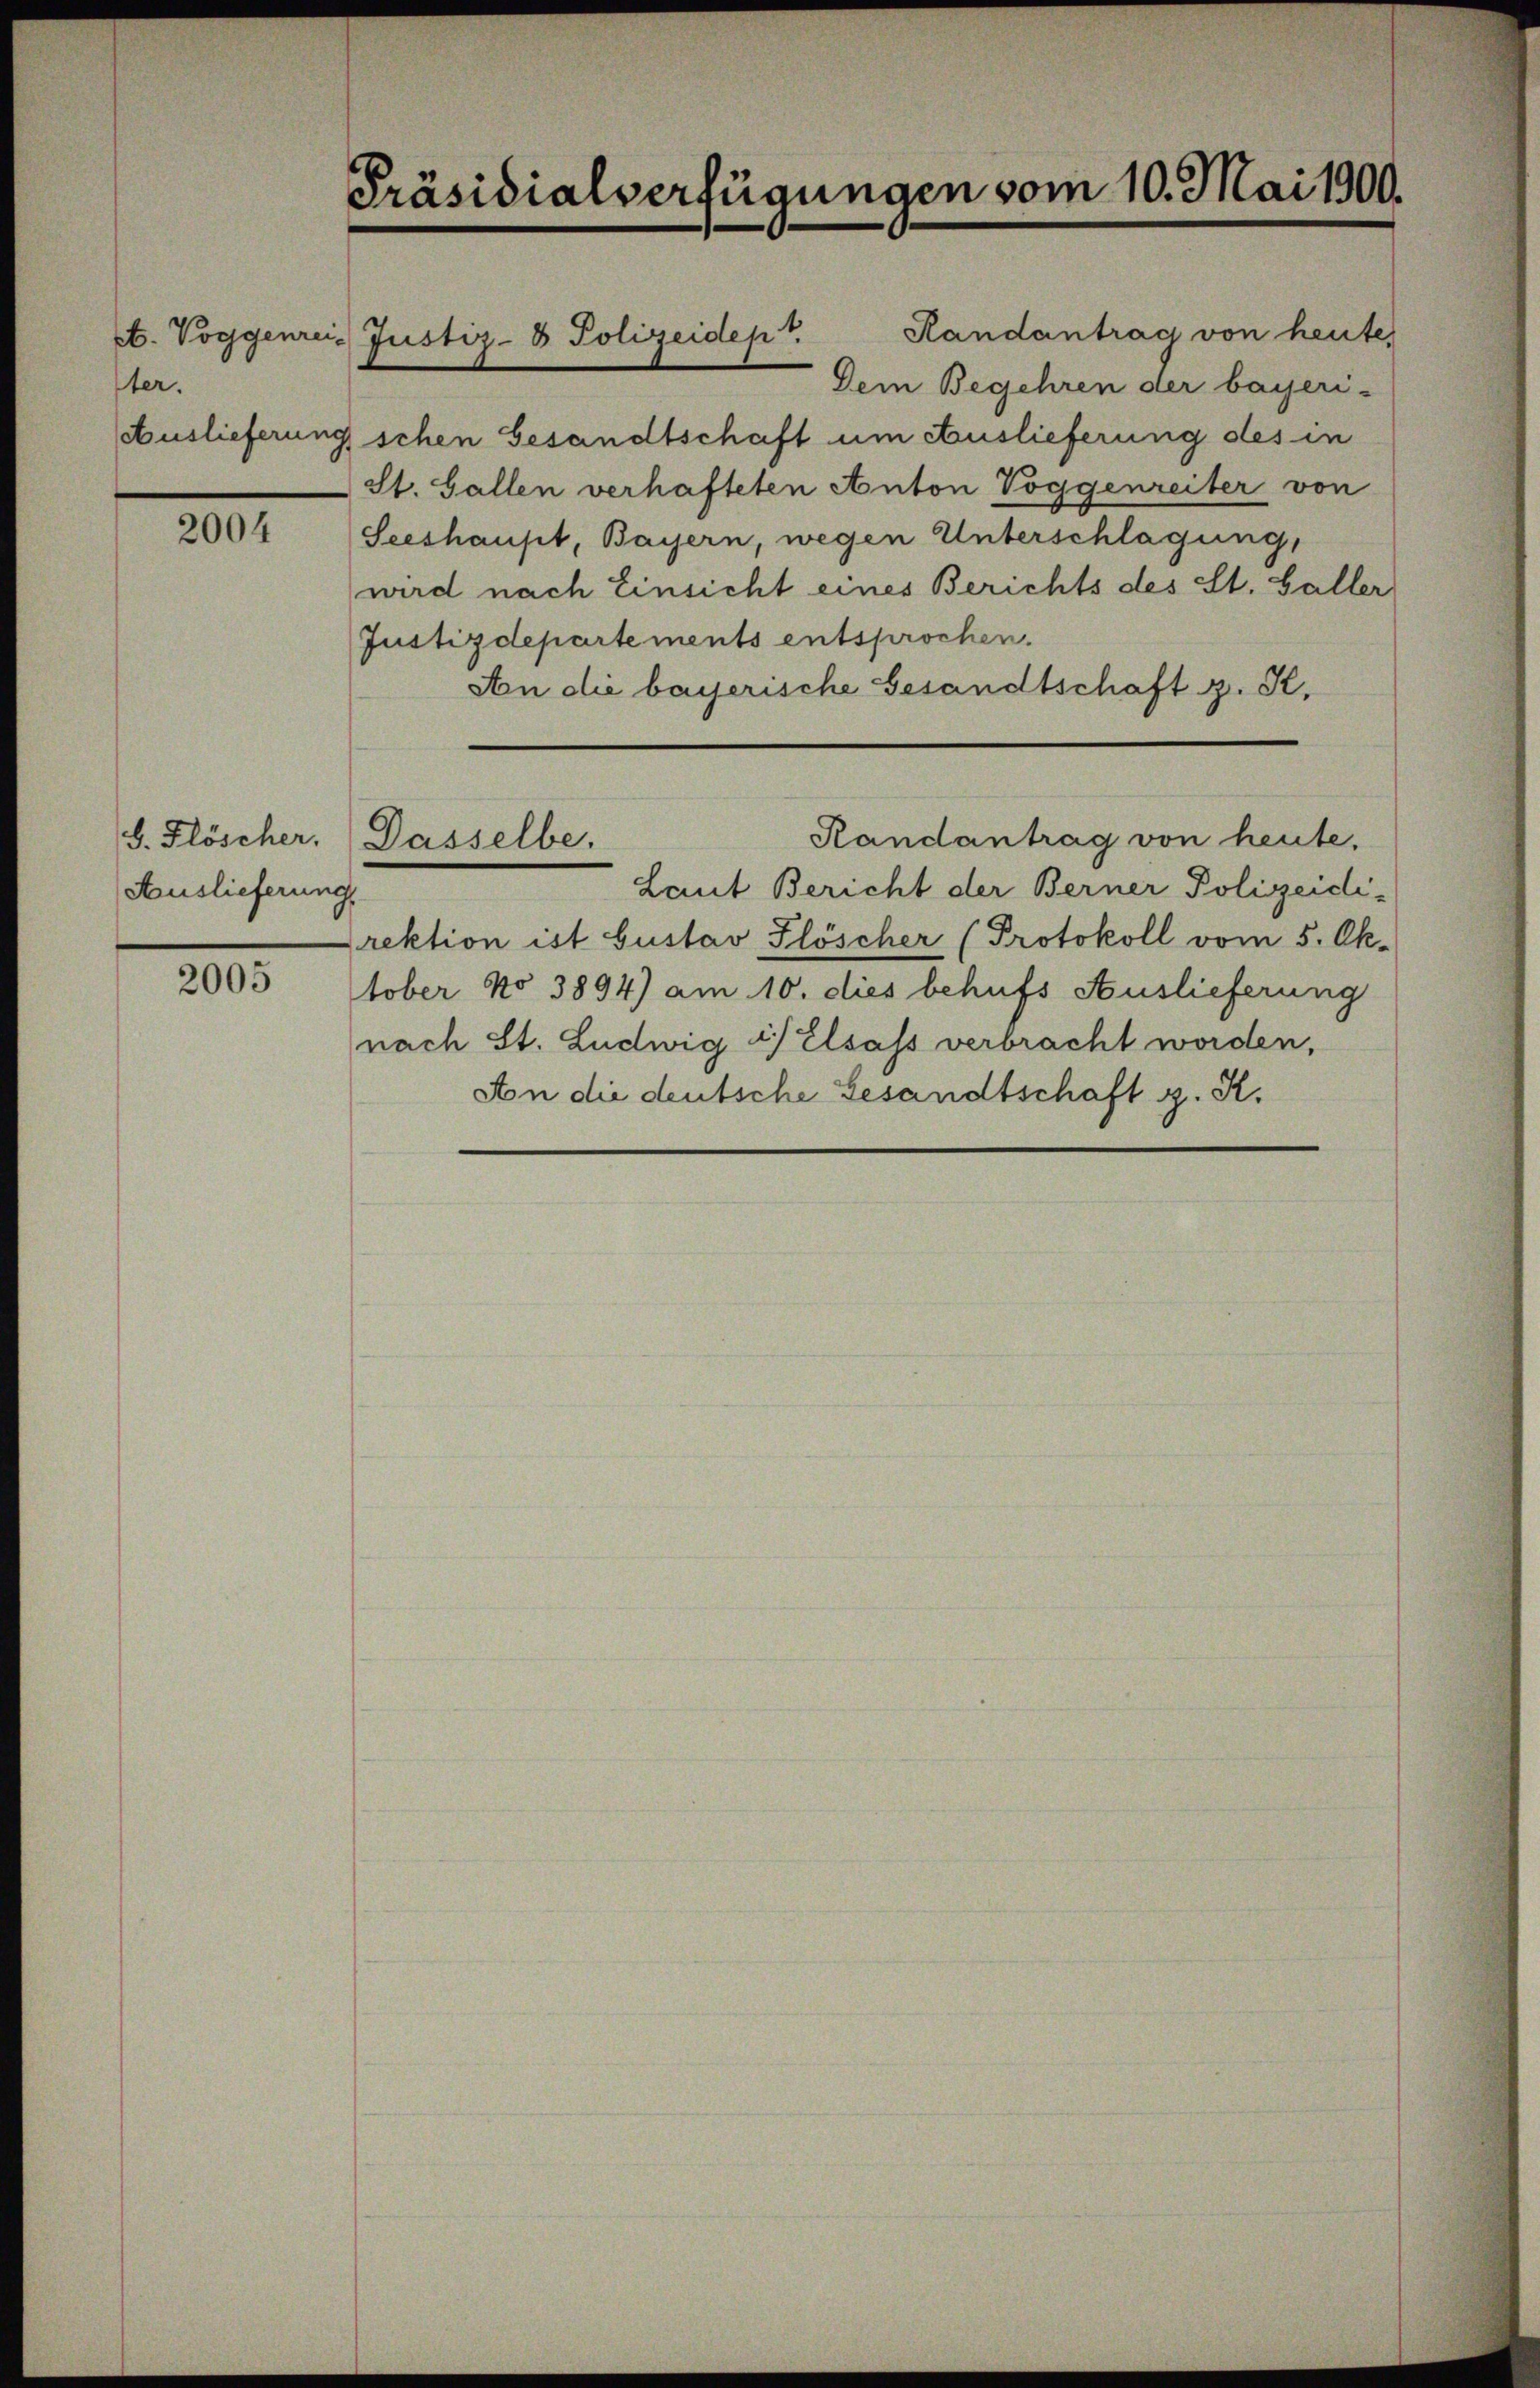
ter.
Auslieferung

2004

2005

Präsidialverfügungen vom 10. Mai 1900.

S. Flöscher.
Auslieferung

e. Voggenrei- Justiz- & Polizeidept.

schen Gesandtschaft um Auslieferung des in
St. Gallen verhafteten Anton Voggenreiter von
Seeshaupt, Bayern, wegen Unterschlagung
wird nach Einsicht eines Berichts des St. Galler
Justizdepartements entsprochen.
An die bayerische Gesandtschaft z. K.
Randantrag von heute.
Dasselbe.
Laut Bericht der Berner Polizeidirektion ist Gustav Flöscher (Protokoll vom 5. Ok-
tober No 3894) am 10. dies behufs Auslieferung
nach St. Ludwig i) Elsass verbracht worden,
An die deutsche Gesandtschaft z. K.

Randantrag von heute
Dem Begehren der bayeri-